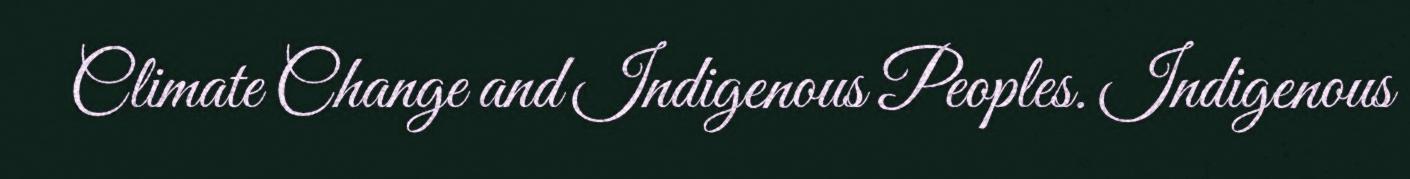
Climate Change and Indigenous Peoples. Indigenous